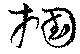
掴